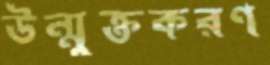
উন্মুক্তকরণ